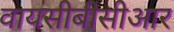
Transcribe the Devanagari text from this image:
वायसीबीसीआर